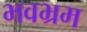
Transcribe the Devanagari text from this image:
भवभ्रम